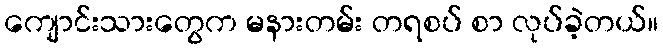
ကျောင်းသားတွေက မနားတမ်း တရစပ် စာ လုပ်ခဲ့တယ်။